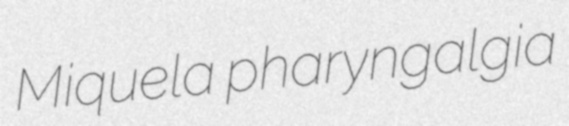
Miquela pharyngalgia